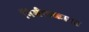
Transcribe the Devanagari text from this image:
निर्मलकाचा